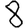
Digit: 8